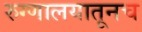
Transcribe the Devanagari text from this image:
रुग्णालयातूनच